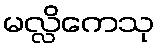
မလ္လိကေသု